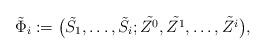
LaTeX: \begin{align*}\tilde{\Phi}_i:=\bigl(\tilde{S_1},\ldots,\tilde{S_i};\tilde{Z^0},\tilde {Z^1},\ldots,\tilde{Z^i}\bigr),\end{align*}